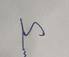
Signature authenticity: genuine